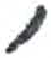
אות: ,